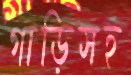
গাড়িসহ